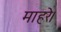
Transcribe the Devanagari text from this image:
माहरे।